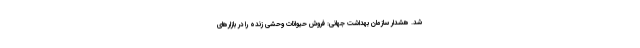
شد. هشدار سازمان بهداشت جهانی: فروش حیوانات وحشی زنده را در بازارهای